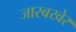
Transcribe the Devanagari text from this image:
जारबखेर